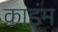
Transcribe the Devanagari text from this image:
काइंम